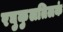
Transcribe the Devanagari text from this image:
रघुकुलतिलकं